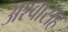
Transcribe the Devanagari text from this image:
अश्वासह